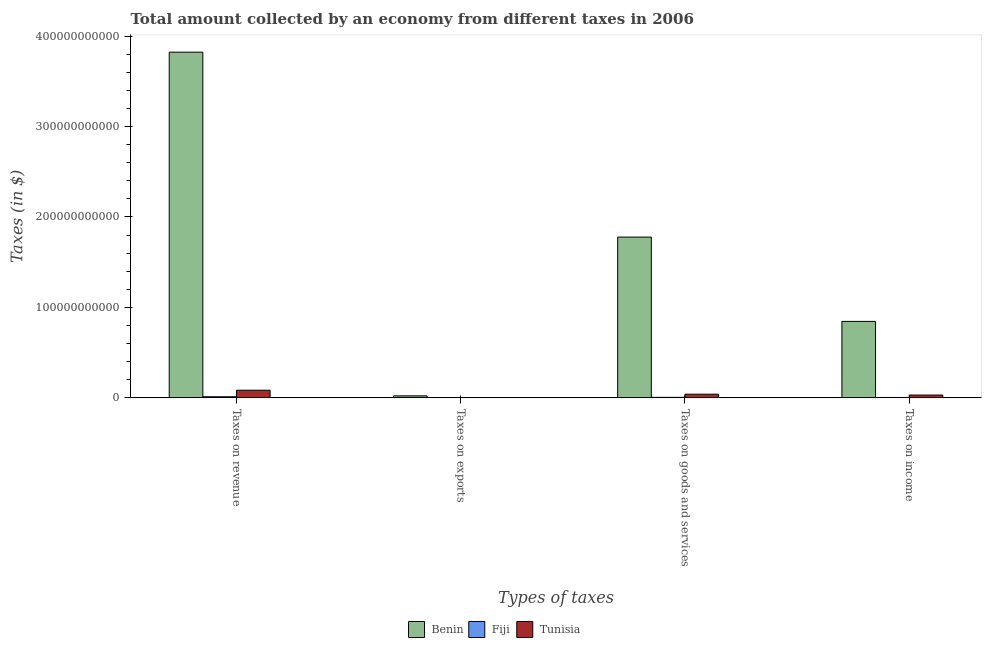
| Types of taxes | Benin | Fiji | Tunisia |
 | --- | --- | --- | --- |
 | Taxes on revenue | 3.82e+11 | 1.25e+09 | 8.47e+09 |
 | Taxes on exports | 2.23e+09 | 8.72e+06 | 1.1e+07 |
 | Taxes on goods and services | 1.78e+11 | 5.62e+08 | 4.06e+09 |
 | Taxes on income | 8.45e+10 | 4.46e+08 | 3.11e+09 |